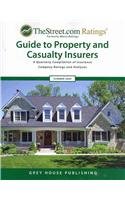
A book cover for TheStreet.com Ratings' Guide to Property and Casualty Insurers Summer 2009: A Quarterly Compilation of Insurance Company Ratings and Analyses ... Guide to Property & Casualty Insurers); Business & Money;